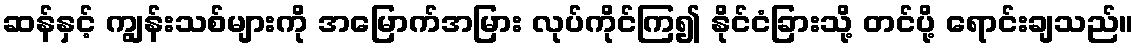
ဆန်နှင့် ကျွန်းသစ်များကို အမြောက်အမြား လုပ်ကိုင်ကြ၍ နိုင်ငံခြားသို့ တင်ပို့ ရောင်းချသည်။